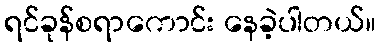
ရင်ခုန်စရာကောင်း နေခဲ့ပါတယ်။